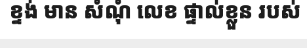
ខ្ទង់ មាន សំណុំ លេខ ផ្ទាល់ខ្លួន របស់